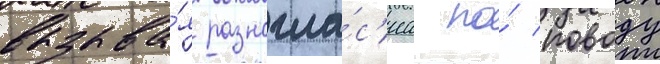
вызыва́я разногла́с'иа по́ поводу